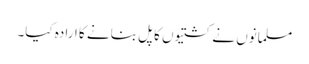
مسلمانوں نے کشتیوں کا پل بنانے کا ارادہ کیا۔